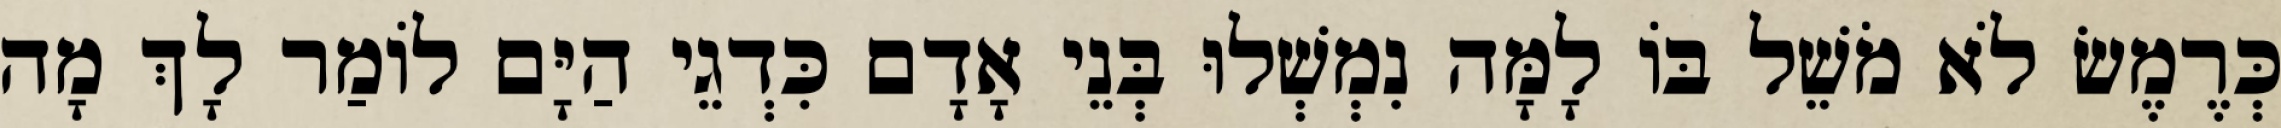
כְּרֶמֶשׂ לֹא מֹשֵׁל בּוֹ לָמָּה נִמְשְׁלוּ בְּנֵי אָדָם כִּדְגֵי הַיָּם לוֹמַר לָךְ מָה